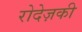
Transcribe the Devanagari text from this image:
रोदेज़की